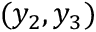
( y _ { 2 } , y _ { 3 } )